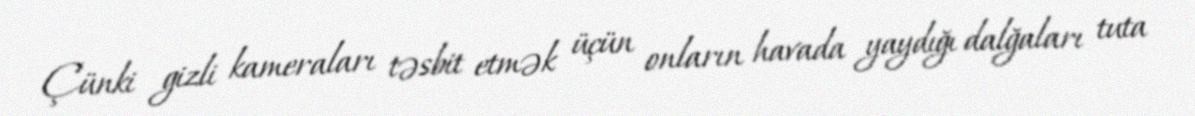
Çünki gizli kameraları təsbit etmək üçün onların havada yaydığı dalğaları tuta